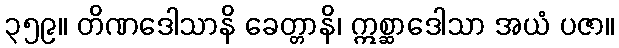
၃၅၉။ တိဏဒေါသာနိ ခေတ္တာနိ၊ ဣစ္ဆာဒေါသာ အယံ ပဇာ။